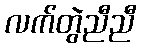
လက်တွဲညီညီ